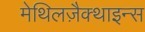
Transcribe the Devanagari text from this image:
मेथिलज़ैक्थाइन्स